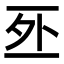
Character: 𠄨